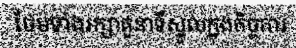
ថែមទាំងរក្សាតួនាទីស្នូលក្នុងកិច្ចការ